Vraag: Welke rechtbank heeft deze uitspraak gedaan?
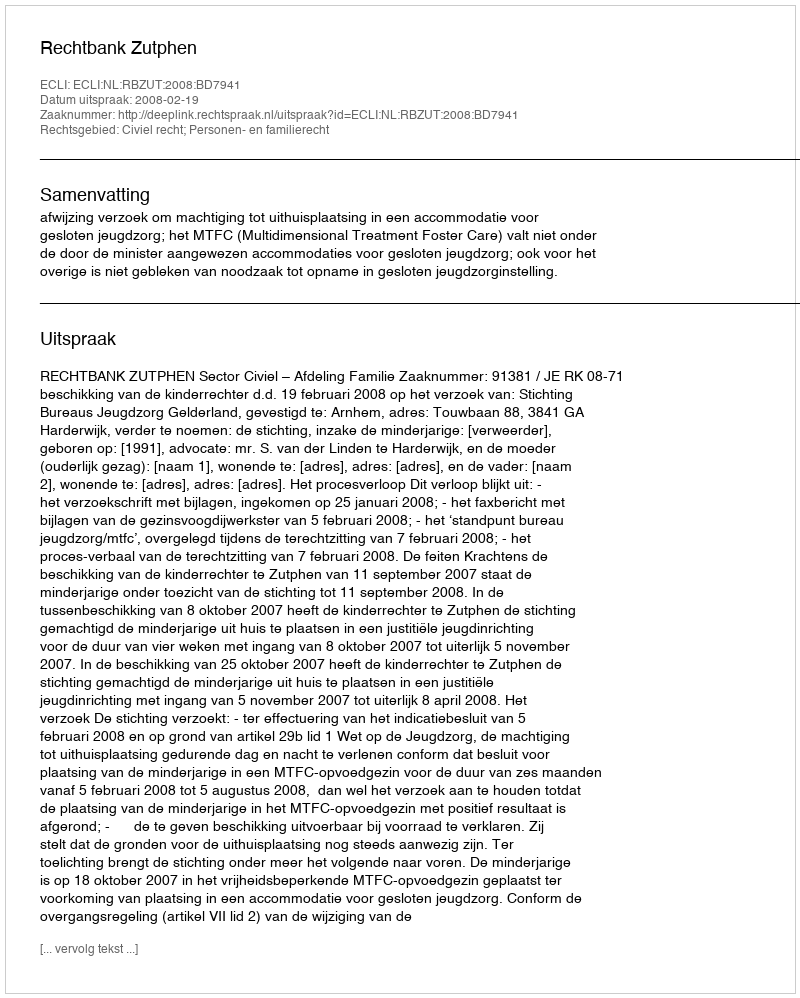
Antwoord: Rechtbank Zutphen